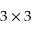
3 \times 3